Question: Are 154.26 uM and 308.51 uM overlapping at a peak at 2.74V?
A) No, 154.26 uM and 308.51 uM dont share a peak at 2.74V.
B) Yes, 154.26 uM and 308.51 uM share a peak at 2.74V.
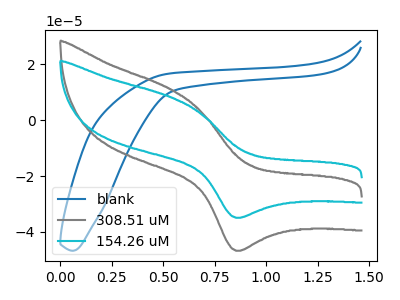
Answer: <think>The blue curve "blank" has no peaks. The gray curve "308.51 uM" has an anodic peak at (0.55V, 10.90uA) and a cathodic peak at (0.85V, -46.80uA). The cyan curve "154.26 uM" has an anodic peak at (0.55V, 8.15uA) and a cathodic peak at (0.85V, -35.00uA).</think>
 <answer>A) No, "154.26 uM" and "308.51 uM" dont share a peak at 2.74V.</answer>
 <eval>A</eval>